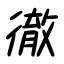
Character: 徹